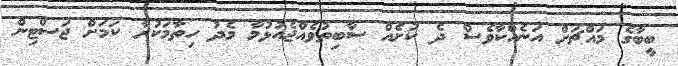
ބީބާގެ މައްޗަށް އަނެއްކާވެސް ދެ ކުށެއް ސާބިތުވެއްޖެއުޅުމާ މެދު ހިތާމަކުރާ ކަމަށް ޖަސްޓިން